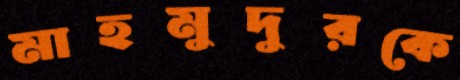
মাহমুদুরকে